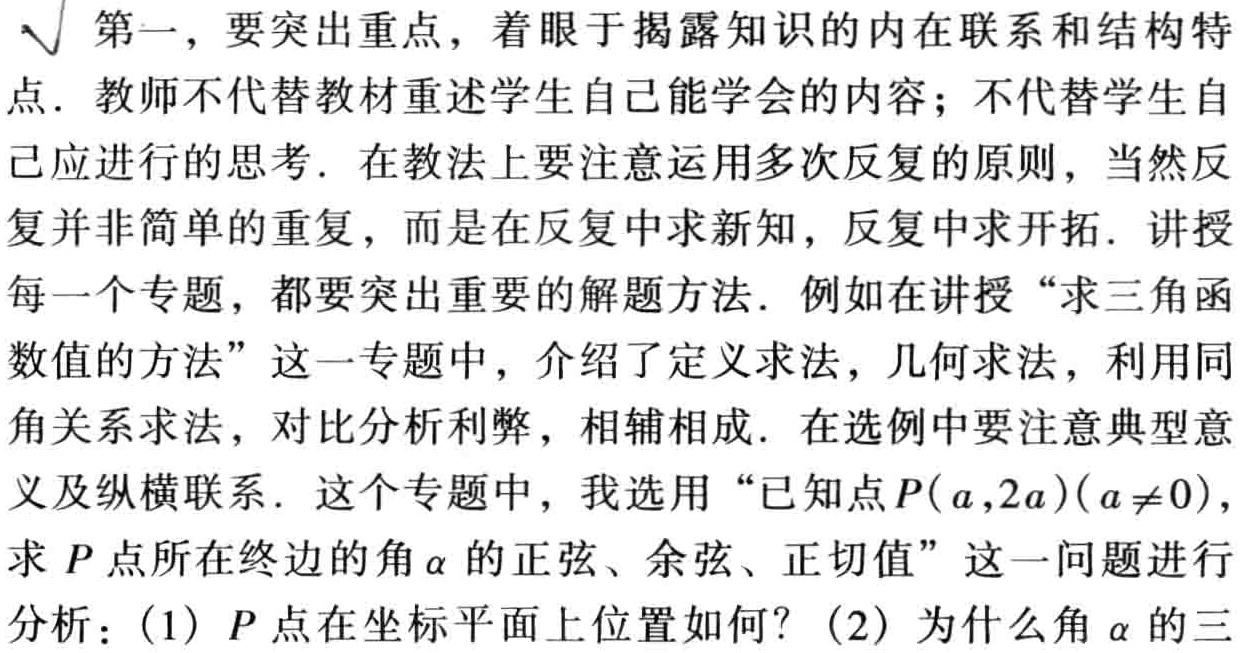
第一，要突出重点，着眼于揭露知识的内在联系和结构特
点. 教师不代替教材重述学生自己能学会的内容；不代替学生自
己应进行的思考. 在教法上要注意运用多次反复的原则，当然反
复并非简单的重复，而是在反复中求新知，反复中求开拓. 讲授
每一个专题，都要突出重要的解题方法. 例如在讲授 “求三角函
数值的方法” 这一专题中，介绍了定义求法，几何求法，利用同
角关系求法，对比分析利弊，相辅相成. 在选例中要注意典型意
义及纵横联系. 这个专题中，我选用 “已知点\(P(a,2a)(a\neq0)\)，
求 \(P\) 点所在终边的角\(\alpha\) 的正弦、余弦、正切值” 这一问题进行
分析：(1) \(P\) 点在坐标平面上位置如何？(2) 为什么角\(\alpha\) 的三